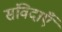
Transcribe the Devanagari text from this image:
संविदाएँ